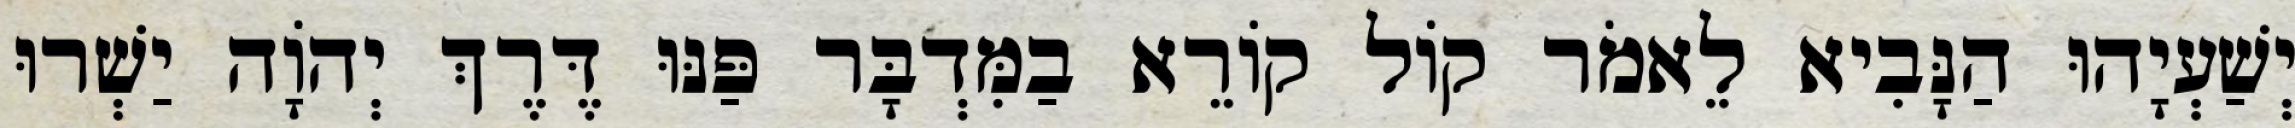
יְשַׁעְיָהוּ הַנָּבִיא לֵאמֹר קוֹל קוֹרֵא בַמִּדְבָּר פַּנּוּ דֶּרֶךְ יְהוָֹה יַשְׁרוּ